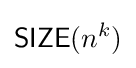
{\mathsf {SIZE}}(n^{k})